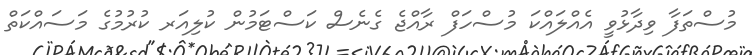
މުސްތަފާ ވިދާޅުވީ އެއްލައްކަ މުސްހަފް ރާއްޖެ ގެނެސް ކަސްޓަމުން ކުލިއަރ ކުރުމުގެ މަސައްކަތް